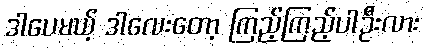
ဒါပေမယ့် ဒါလေးတော့ ကြည့်ကြည့်ပါဦးလား